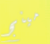
مينج